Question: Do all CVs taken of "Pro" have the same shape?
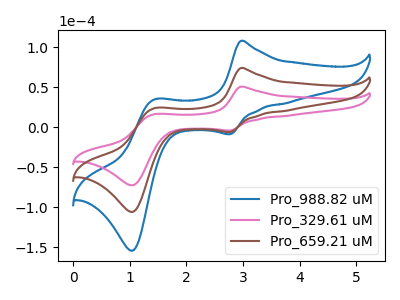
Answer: <think>The blue curve "Pro_988.82 uM" has anodic peaks at (2.95V, 148.35uA) (1.45V, 47.90uA) and cathodic peaks at (2.75V, -11.90uA) (1.05V, -211.65uA). The pink curve "Pro_329.61 uM" has anodic peaks at (2.95V, 50.85uA) (1.45V, 16.40uA) and cathodic peaks at (2.75V, -4.10uA) (1.05V, -72.55uA). The brown curve "Pro_659.21 uM" has anodic peaks at (2.95V, 74.20uA) (1.45V, 23.95uA) and cathodic peaks at (2.75V, -5.95uA) (1.05V, -105.85uA).
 All the peaks in "Pro_988.82 uM" have a peak in "Pro_329.61 uM" at the same potential. Every peak in "Pro_988.82 uM" is higher than every peak in "Pro_329.61 uM". All the peaks in "Pro_988.82 uM" have a peak in "Pro_659.21 uM" at the same potential. Every peak in "Pro_988.82 uM" is higher than every peak in "Pro_659.21 uM". All the peaks in "Pro_329.61 uM" have a peak in "Pro_659.21 uM" at the same potential. Every peak in "Pro_329.61 uM" is lower than every peak in "Pro_659.21 uM".</think>
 <answer>All the CV's of "Pro" have similar shape.</answer>
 <eval>follow_rule</eval>